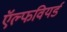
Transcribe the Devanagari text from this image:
ऍल्फवियर्ड